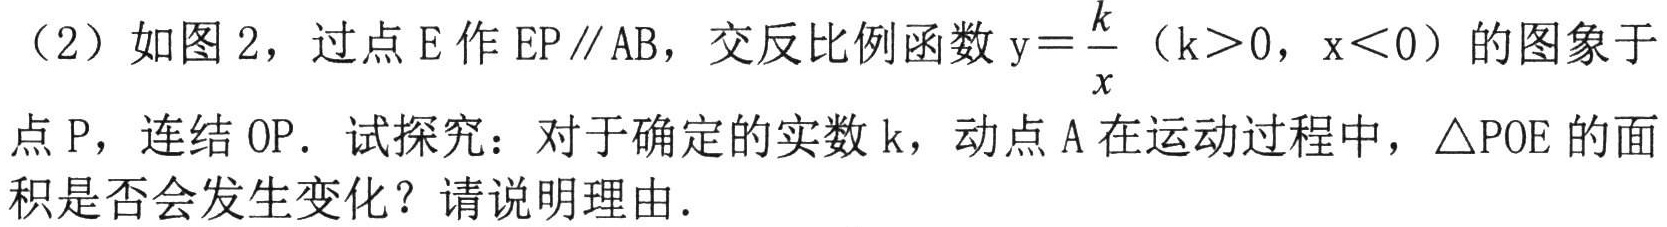
（2）如图2，过点\(E\)作\(EP\parallel AB\)，交反比例函数\(y = \dfrac{k}{x}\)（\(k > 0\)，\(x<0\)）的图象于
点\(P\)，连结\(OP\). 试探究：对于确定的实数\(k\)，动点\(A\)在运动过程中，\(\triangle POE\)的面
积是否会发生变化？请说明理由.